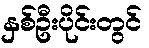
နှစ်ဦးပိုင်းတွင်